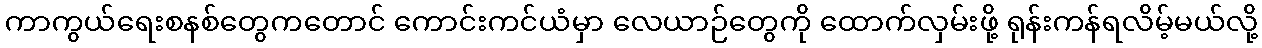
ကာကွယ်ရေးစနစ်တွေကတောင် ကောင်းကင်ယံမှာ လေယာဉ်တွေကို ထောက်လှမ်းဖို့ ရုန်းကန်ရလိမ့်မယ်လို့